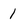
Character: 1